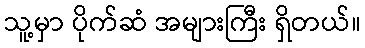
သူ့မှာ ပိုက်ဆံ အများကြီး ရှိတယ်။